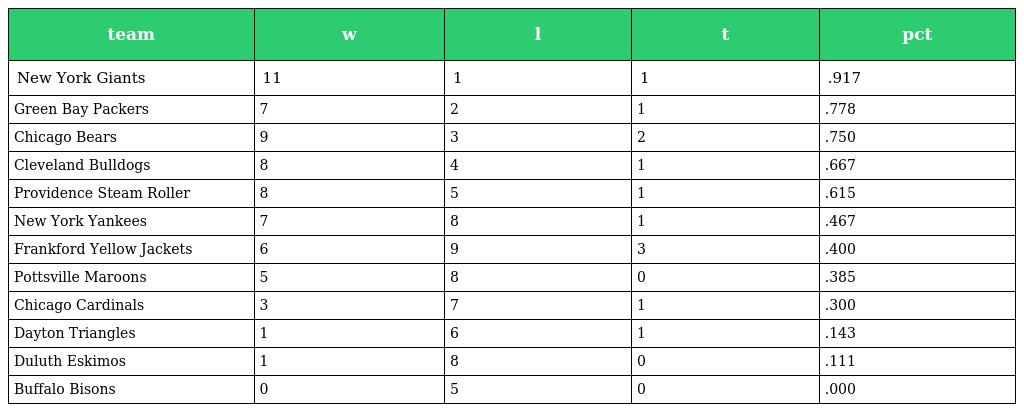
| team | w | l | t | pct |
 | --- | --- | --- | --- | --- |
 | New York Giants | 11 | 1 | 1 | .917 |
 | Green Bay Packers | 7 | 2 | 1 | .778 |
 | Chicago Bears | 9 | 3 | 2 | .750 |
 | Cleveland Bulldogs | 8 | 4 | 1 | .667 |
 | Providence Steam Roller | 8 | 5 | 1 | .615 |
 | New York Yankees | 7 | 8 | 1 | .467 |
 | Frankford Yellow Jackets | 6 | 9 | 3 | .400 |
 | Pottsville Maroons | 5 | 8 | 0 | .385 |
 | Chicago Cardinals | 3 | 7 | 1 | .300 |
 | Dayton Triangles | 1 | 6 | 1 | .143 |
 | Duluth Eskimos | 1 | 8 | 0 | .111 |
 | Buffalo Bisons | 0 | 5 | 0 | .000 |